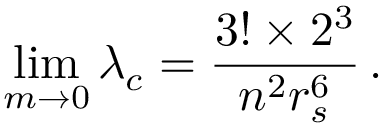
\operatorname* { l i m } _ { m \to 0 } \lambda _ { c } = \frac { 3 ! \times 2 ^ { 3 } } { n ^ { 2 } r _ { s } ^ { 6 } } \, .